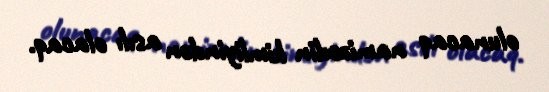
olunacaq namizədin kimliyindən asılı olacaq.